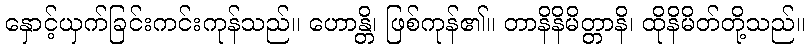
နှောင့်ယှက်ခြင်းကင်းကုန်သည်။ ဟောန္တိ၊ ဖြစ်ကုန်၏။ တာနိနိမိတ္တာနိ၊ ထိုနိမိတ်တို့သည်။